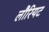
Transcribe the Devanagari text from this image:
लौरियट